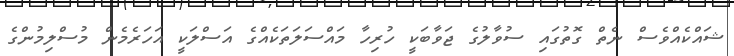
ޝައްކެއްވެސް ނެތް ގޮތުގައި ސުވާލުގެ ޖަވާބަކީ ހުރިހާ މައްސަލަތަކެއްގެ އަސްލަކީ އަހަރެމެން މުސްލިމުންގެ